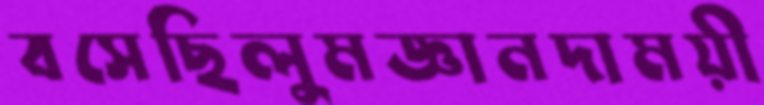
বসেছিলুমজ্ঞানদাময়ী